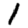
Digit: 1